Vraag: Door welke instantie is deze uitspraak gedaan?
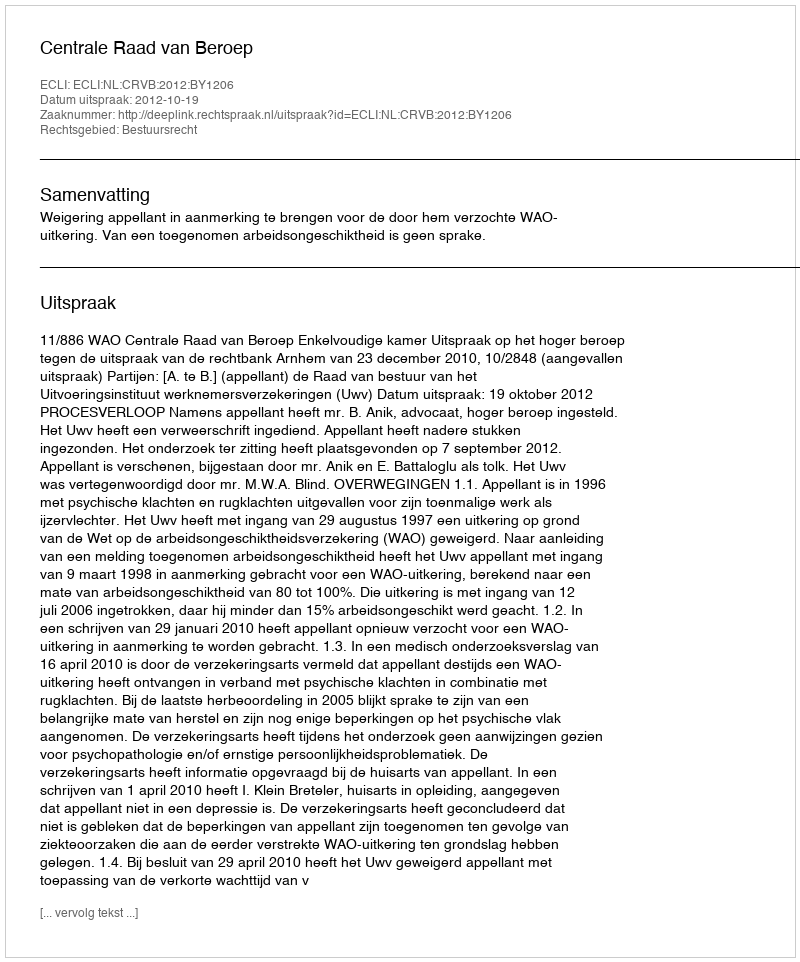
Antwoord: Centrale Raad van Beroep